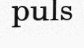
puls